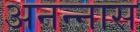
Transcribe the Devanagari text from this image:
अनन्‍नास